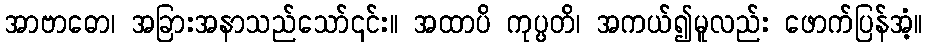
အာဗာဓော၊ အခြားအနာသည်သော်၎င်း။ အထာပိ ကုပ္ပတိ၊ အကယ်၍မူလည်း ဖောက်ပြန်အံ့။